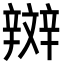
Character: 辬